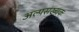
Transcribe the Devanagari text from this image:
अल्पसंख्यकः